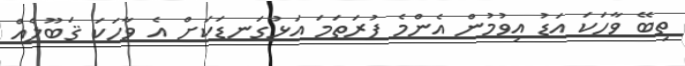
ތިބޭ ވާހަކަ އަޑު އިވުމުން އެންމެ ފުރަތަމަ އަޅުގަނޑަކަށް އެ ވާހަކަ ޤަބޫލެއް